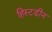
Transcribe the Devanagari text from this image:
हिस्टडीन